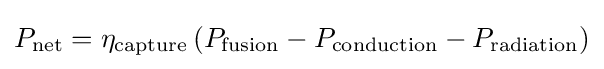
P_{\text{net}}=\eta _{\text{capture}}\left(P_{\text{fusion}}-P_{\text{conduction}}-P_{\text{radiation}}\right)